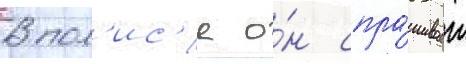
В пол'ис'е о́н спра́шивает